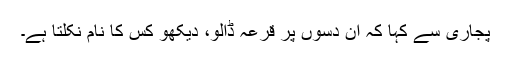
پجاری سے کہا کہ ان دسوں پر قرعہ ڈالو، دیکھو کس کا نام نکلتا ہے۔